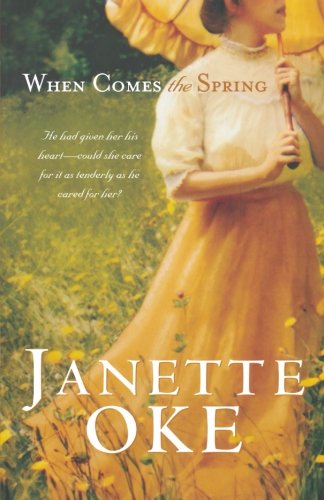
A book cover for When Comes the Spring (Canadian West #2); Janette Oke; Romance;